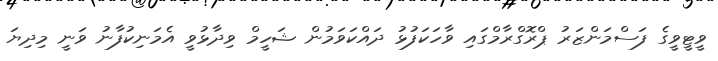
ވީޓީވީގެ ފަސްމަންޒަރު ޕްރޮގްރާމްގައި ވާހަކަފުޅު ދައްކަވަމުން ޝަހީމް ވިދާޅުވީ އެމަނިކުފާނު ވަނީ މިދިޔަ